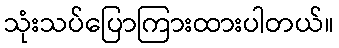
သုံးသပ်ပြောကြားထားပါတယ်။